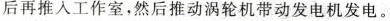
后再推人工作室，然后推动涡轮机带动发电机发电。